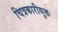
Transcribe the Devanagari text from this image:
चित्रकारीयुक्त